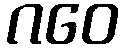
ဂဝေ